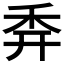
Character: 𥝯